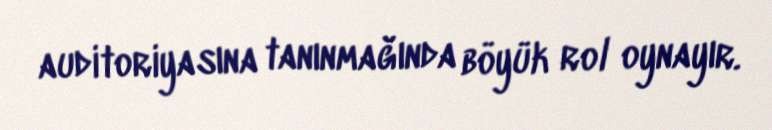
auditoriyasına tanınmağında böyük rol oynayır.